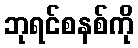
ဘုရင်စနစ်ကို